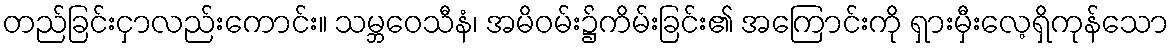
တည်ခြင်းငှာလည်းကောင်း။ သမ္ဘဝေသီနံ၊ အမိဝမ်း၌ကိမ်းခြင်း၏ အကြောင်းကို ရှားမှီးလေ့ရှိကုန်သော